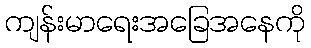
ကျန်းမာရေးအခြေအနေကို